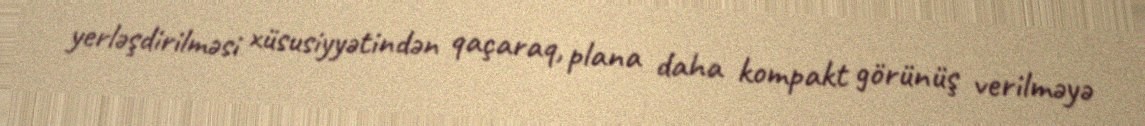
yerləşdirilməsi xüsusiyyətindən qaçaraq, plana daha kompakt görünüş verilməyə